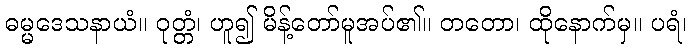
ဓမ္မဒေသနာယံ။ ဝုတ္တံ၊ ဟူ၍ မိန့်တော်မူအပ်၏။ တတော၊ ထိုနောက်မှ။ ပရံ၊